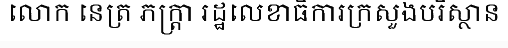
លោក នេត្រ ភក្ត្រា រដ្ឋលេខាធិការក្រសួងបរិស្ថាន